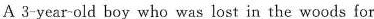
A 3-year-old boy who was lost in the woods for